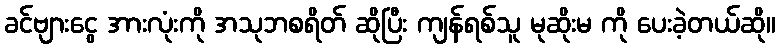
ခင်ဗျားငွေ အားလုံးကို အသုဘစရိတ် ဆိုပြီး ကျန်ရစ်သူ မုဆိုးမ ကို ပေးခဲ့တယ်ဆို။